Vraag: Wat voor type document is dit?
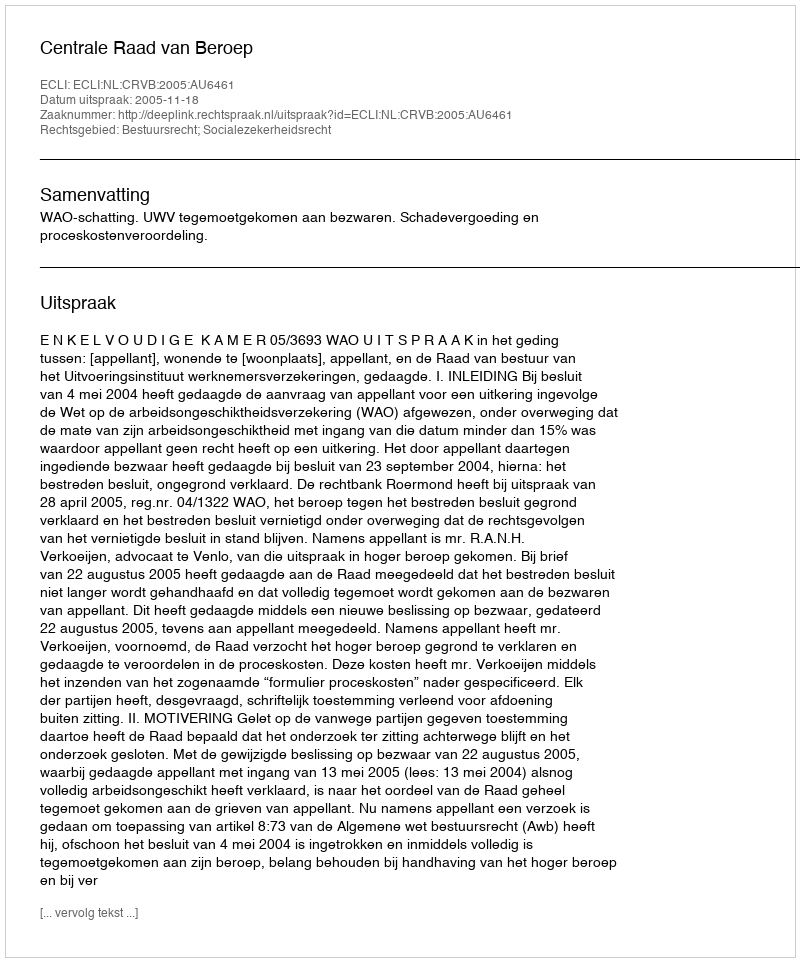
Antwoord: Uitspraak